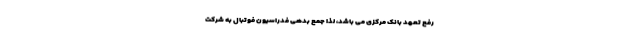
رفع تعهد بانک مرکزی می باشد، لذا جمع بدهی فدراسیون فوتبال به شرکت